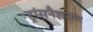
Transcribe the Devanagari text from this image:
ट्रांसनैशनल